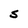
Character: S